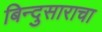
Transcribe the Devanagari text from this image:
बिन्दुसाराचा